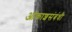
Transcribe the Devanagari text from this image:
आकाशसंबंधी